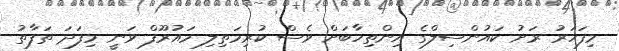
މިފަހަރު ރަށު ކައުންސިލްގެ އިންތިހާބަށް ވެސް ކުރިމަތިލި މައުރޫފް ވަނީ މިފަދަ ތަފާތު